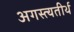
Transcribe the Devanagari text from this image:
अगस्त्यतीर्थ